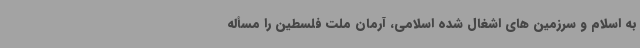
به اسلام و سرزمین های اشغال شده اسلامی، آرمان ملت فلسطین را مسأله